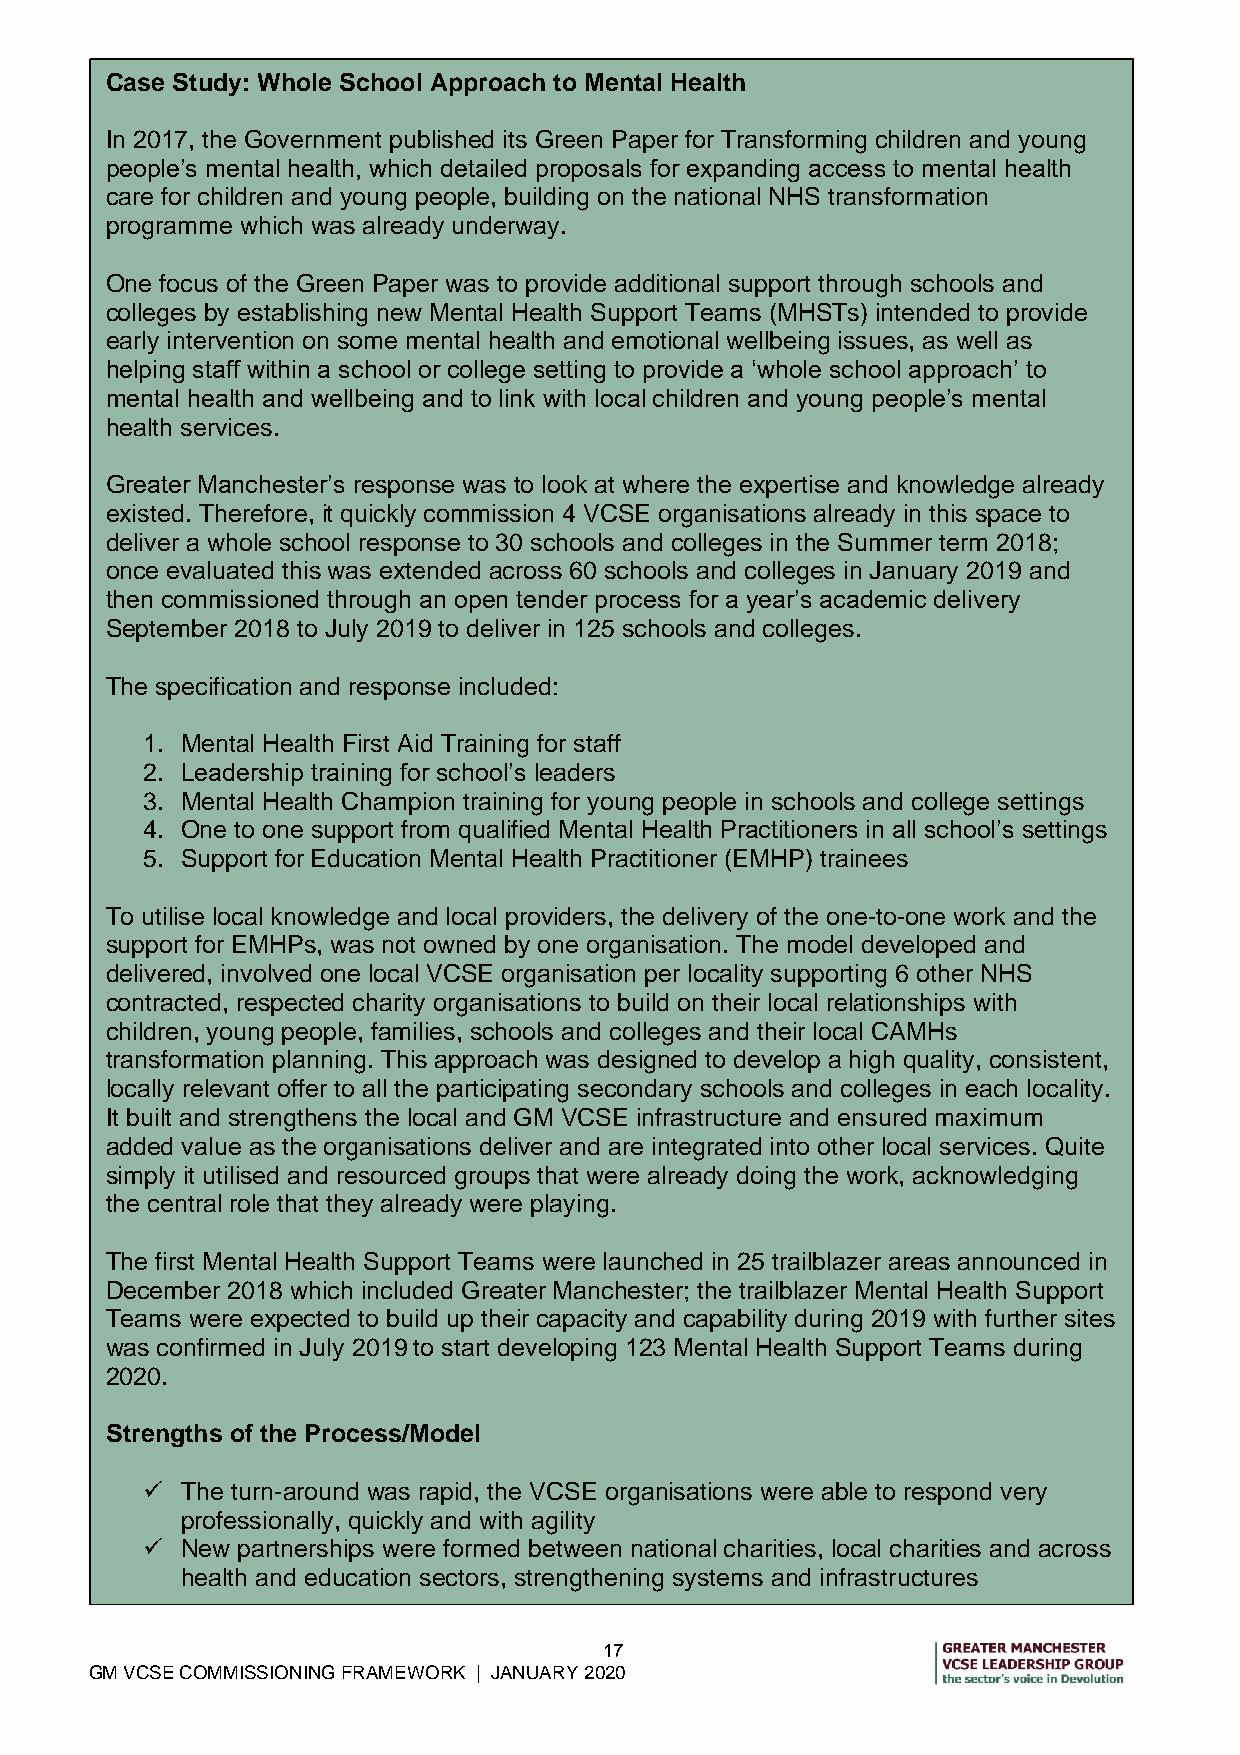
Case Study: Whole School Approach to Mental Health
 In 2017, the Government published its Green Paper for Transforming children and young
 people’s mental health, which detailed proposals for expanding access to mental health
 care for children and young people, building on the national NHS transformation
 programme which was already underway.
 One focus of the Green Paper was to provide additional support through schools and
 colleges by establishing new Mental Health Support Teams (MHSTs) intended to provide
 early intervention on some mental health and emotional wellbeing issues, as well as
 helping staff within a school or college setting to provide a ‘whole school approach’ to
 mental health and wellbeing and to link with local children and young people’s mental
 health services.
 Greater Manchester’s response was to look at where the expertise and knowledge already
 existed. Therefore, it quickly commission 4 VCSE organisations already in this space to
 deliver a whole school response to 30 schools and colleges in the Summer term 2018;
 once evaluated this was extended across 60 schools and colleges in January 2019 and
 then commissioned through an open tender process for a year’s academic delivery
 September 2018 to July 2019 to deliver in 125 schools and colleges.
 The specification and response included:
 1. Mental Health First Aid Training for staff
 2. Leadership training for school’s leaders
 3. Mental Health Champion training for young people in schools and college settings
 4. One to one support from qualified Mental Health Practitioners in all school’s settings
 5. Support for Education Mental Health Practitioner (EMHP) trainees
 To utilise local knowledge and local providers, the delivery of the one-to-one work and the
 support for EMHPs, was not owned by one organisation. The model developed and
 delivered, involved one local VCSE organisation per locality supporting 6 other NHS
 contracted, respected charity organisations to build on their local relationships with
 children, young people, families, schools and colleges and their local CAMHs
 transformation planning. This approach was designed to develop a high quality, consistent,
 locally relevant offer to all the participating secondary schools and colleges in each locality.
 It built and strengthens the local and GM VCSE infrastructure and ensured maximum
 added value as the organisations deliver and are integrated into other local services. Quite
 simply it utilised and resourced groups that were already doing the work, acknowledging
 the central role that they already were playing.
 The first Mental Health Support Teams were launched in 25 trailblazer areas announced in
 December 2018 which included Greater Manchester; the trailblazer Mental Health Support
 Teams were expected to build up their capacity and capability during 2019 with further sites
 was confirmed in July 2019 to start developing 123 Mental Health Support Teams during
 2020.
 Strengths of the Process/Model
   The turn-around was rapid, the VCSE organisations were able to respond very
 professionally, quickly and with agility
   New partnerships were formed between national charities, local charities and across
 health and education sectors, strengthening systems and infrastructures
 17
 GM VCSE COMMISSIONING FRAMEWORK | JANUARY 2020